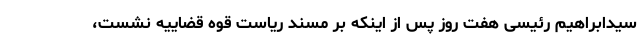
سیدابراهیم رئیسی هفت روز پس از اینکه بر مسند ریاست قوه قضاییه نشست،